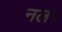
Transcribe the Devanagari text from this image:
नल।